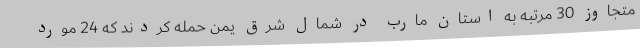
متجاوز 30 مرتبه به استان مارب در شمال شرق یمن حمله کردند که 24 مورد